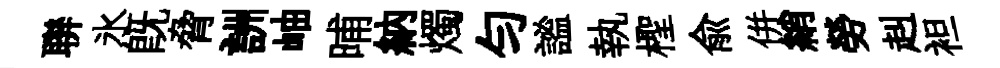
聨氷旣脅詶岫晡納燭匀謐執檉兪併綃勞赳袒